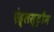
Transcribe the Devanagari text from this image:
ऐह्लस्ट्रौम